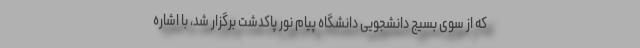
که از سوی بسیج دانشجویی دانشگاه پیام نور پاکدشت برگزار شد، با اشاره